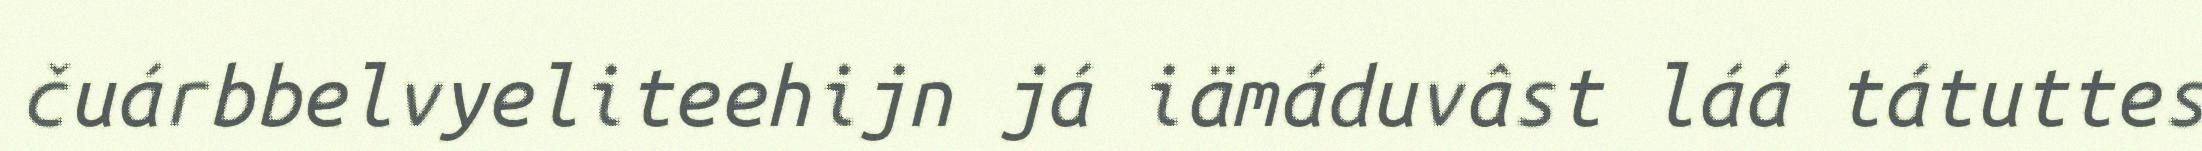
čuárbbelvyeliteehijn já iämáduvâst láá tátuttes